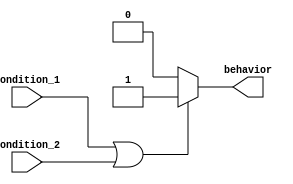
module behavior_modeling_block (
    input wire condition_1,
    input wire condition_2,
    output reg behavior
);

always @(*)
begin
    if (condition_1 || condition_2)
    begin
        // Behavior to be executed when condition_1 or condition_2 is true
        behavior <= 1;
    end
    else
    begin
        // Default behavior when both condition_1 and condition_2 are false
        behavior <= 0;
    end
end

endmodule